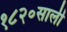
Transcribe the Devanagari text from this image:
१८२०साली